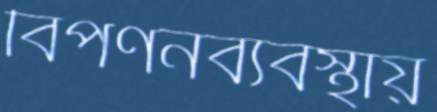
বিপণনব্যবস্থায়